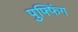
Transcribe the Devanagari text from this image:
पुफ्फिंग